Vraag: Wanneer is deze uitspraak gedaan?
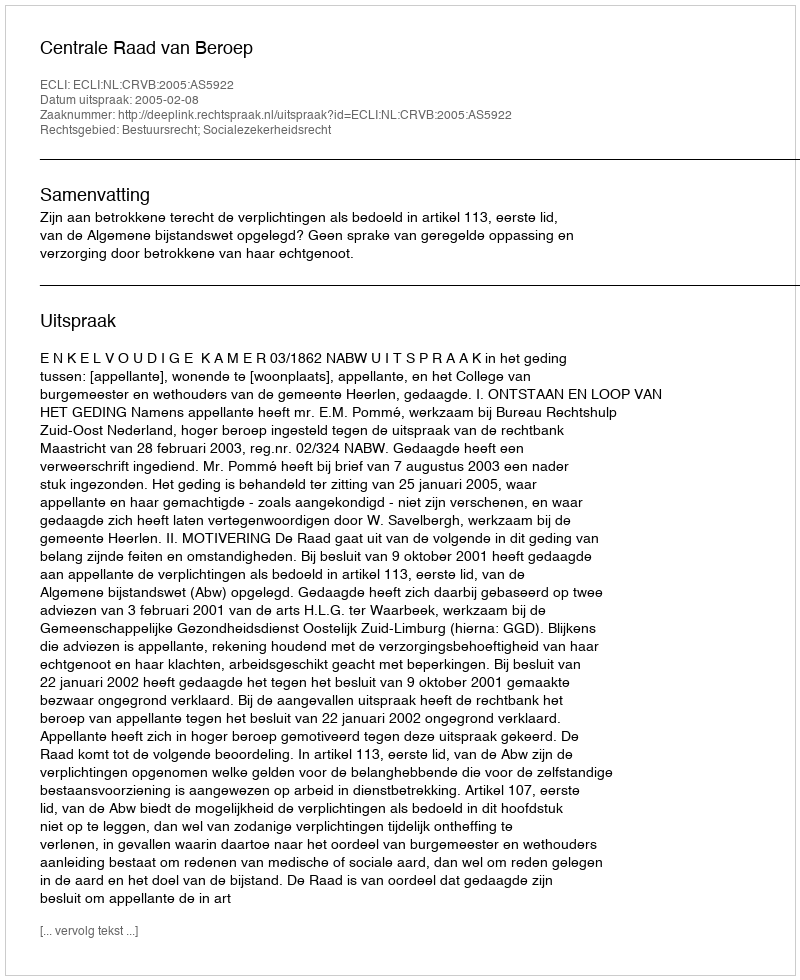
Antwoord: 2005-02-08